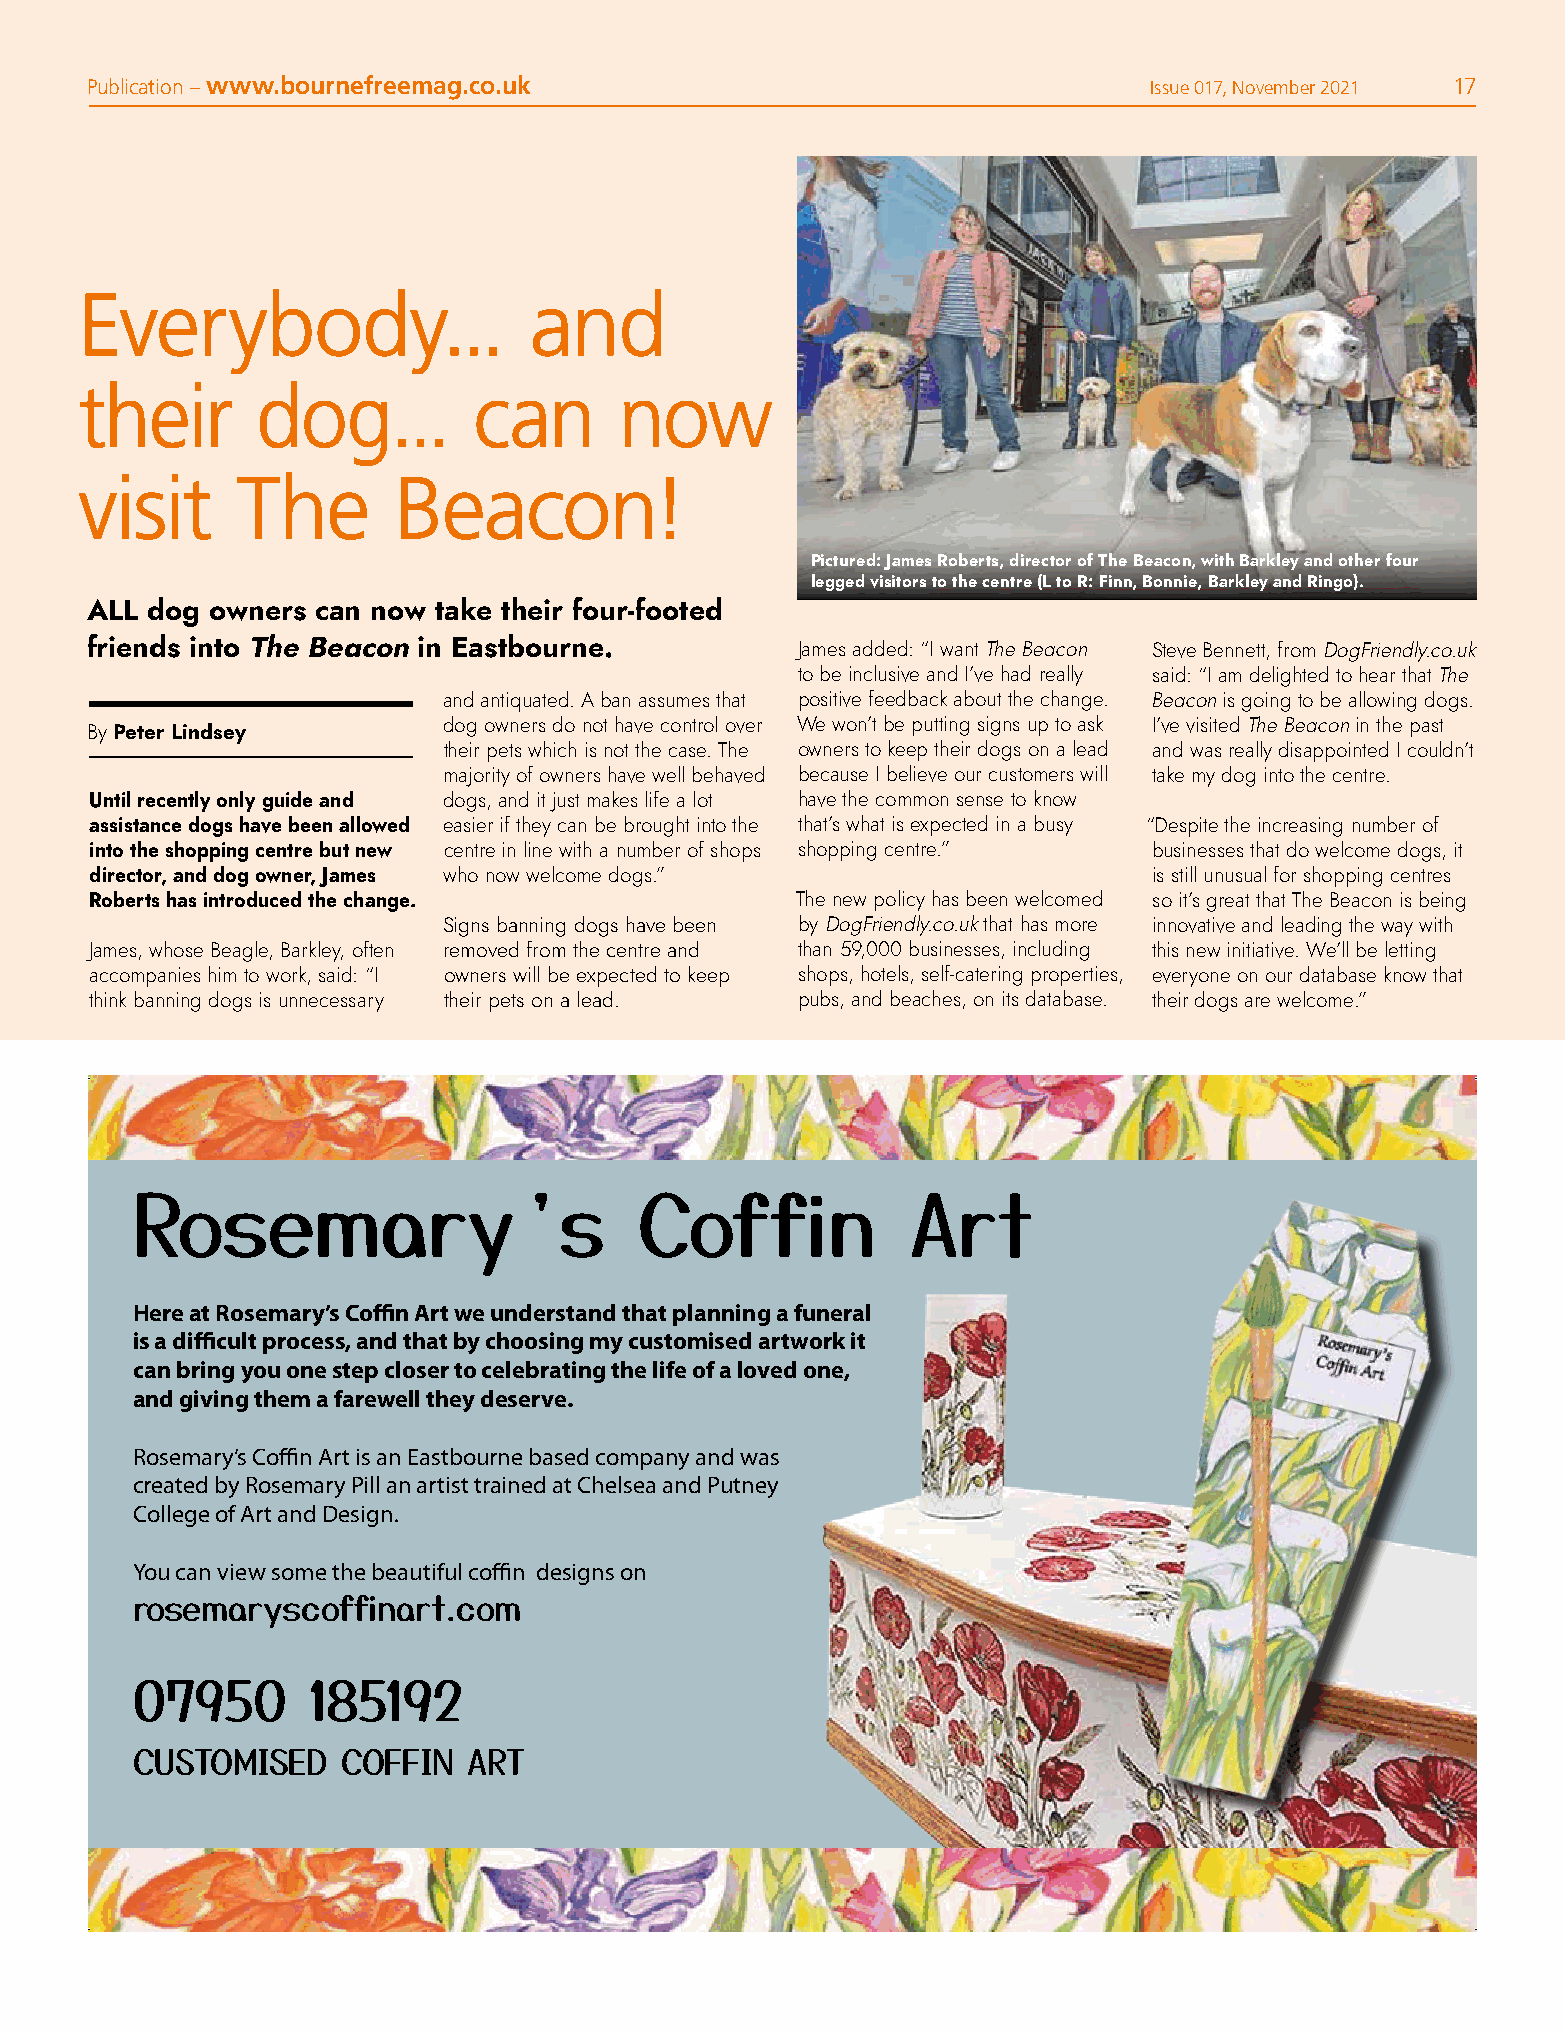
Publication – www.bournefreemag.co.uk                                 Issue 017, November 2021 17
 Everybody...                  and
 their       dog...        can       now
 visit      The       Beacon!
 Pictured: James Roberts, director of The Beacon, with Barkley and other four
 legged visitors to the centre (L to R: Finn, Bonnie, Barkley and Ringo).
 ALL dog owners can now take their four-footed
 friends into The Beacon in Eastbourne.         James added: “I want The Beacon Steve Bennett, from DogFriendly.co.uk
 to be inclusive and I’ve had really said: “I am delighted to hear that The
 and antiquated. A ban assumes that positive feedback about the change. Beacon is going to be allowing dogs.
 dog owners do not have control over We won’t be putting signs up to ask I’ve visited The Beacon in the past
 By Peter Lindsey
 their pets which is not the case. The owners to keep their dogs on a lead and was really disappointed I couldn’t
 majority of owners have well behaved because I believe our customers will take my dog into the centre.
 Until recently only guide and dogs, and it just makes life a lot have the common sense to know
 assistance dogs have been allowed easier if they can be brought into the that’s what is expected in a busy “Despite the increasing number of
 into the shopping centre but new centre in line with a number of shops shopping centre.” businesses that do welcome dogs, it
 director, and dog owner, James who now welcome dogs.”                 is still unusual for shopping centres
 Roberts has introduced the change.             The new policy has been welcomed so it’s great that The Beacon is being
 Signs banning dogs have been by DogFriendly.co.uk that has more innovative and leading the way with
 James, whose Beagle, Barkley, often removed from the centre and than 59,000 businesses, including this new initiative. We’ll be letting
 accompanies him to work, said: “I owners will be expected to keep shops, hotels, self-catering properties, everyone on our database know that
 think banning dogs is unnecessary their pets on a lead. pubs, and beaches, on its database. their dogs are welcome.”
 Rosemary’s                       Coffin            Art
 Here at Rosemary’s Coffin Art we understand that planning a funeral
 is a difficult process, and that by choosing my customised artwork it
 can bring you one step closer to celebrating the life of a loved one,
 and giving them a farewell they deserve.
 Rosemary’s Coffin Art is an Eastbourne based company and was
 created by Rosemary Pill an artist trained at Chelsea and Putney
 College of Art and Design.
 You can view some the beautiful coffin designs on
 rosemaryscoffinart.com
 07950      185192
 CUSTOMISED    COFFIN  ART